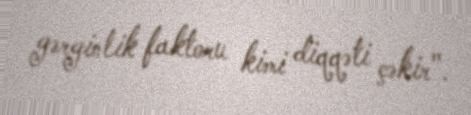
gərginlik faktoru kimi diqqəti çəkir".